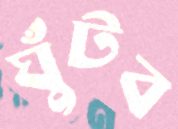
ঘুঁটব